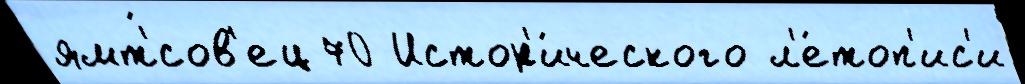
ямт'́сов'ец 70 Истор'и́ческого л'е́топ'ис'и